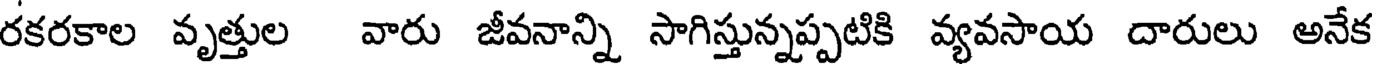
రకరకాల వృత్తుల వారు జీవనాన్ని సాగిస్తున్నప్పటికి వ్యవసాయ దారులు అనేక